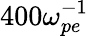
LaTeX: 400\omega_{pe}^{-1}